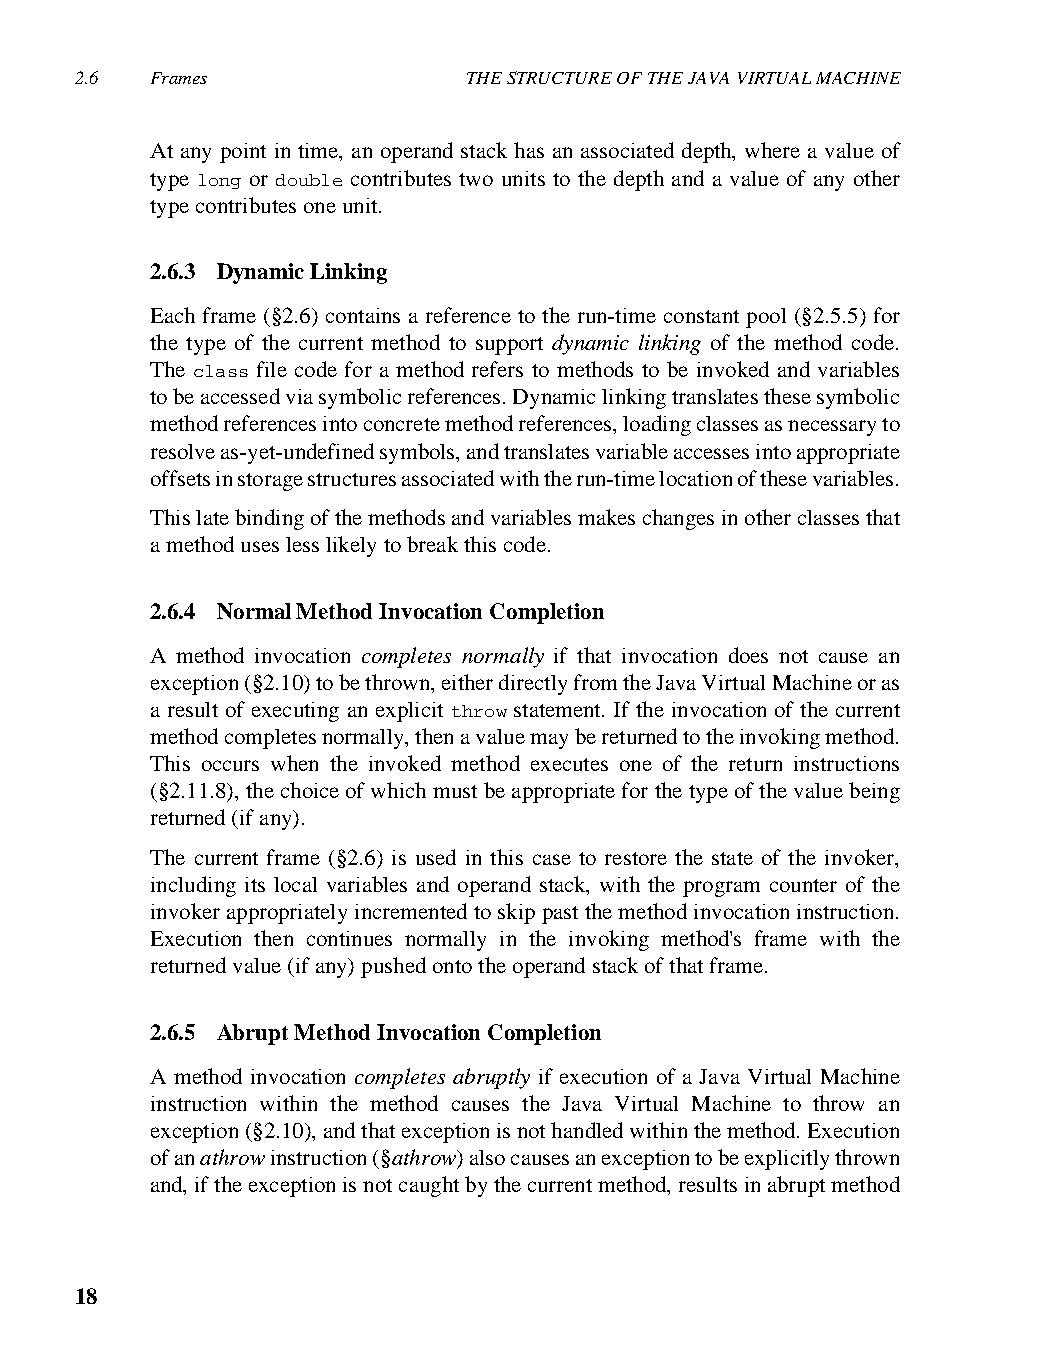
2.6  Frames               THE STRUCTURE OF THE JAVA VIRTUAL MACHINE
 At any point in time, an operand stack has an associated depth, where a value of
 type long or double contributes two units to the depth and a value of any other
 type contributes one unit.
 2.6.3 Dynamic Linking
 Each frame (§2.6) contains a reference to the run-time constant pool (§2.5.5) for
 the type of the current method to support dynamic linking of the method code.
 The class file code for a method refers to methods to be invoked and variables
 to be accessed via symbolic references. Dynamic linking translates these symbolic
 method references into concrete method references, loading classes as necessary to
 resolve as-yet-undefined symbols, and translates variable accesses into appropriate
 offsets in storage structures associated with the run-time location of these variables.
 This late binding of the methods and variables makes changes in other classes that
 a method uses less likely to break this code.
 2.6.4 Normal Method Invocation Completion
 A method invocation completes normally if that invocation does not cause an
 exception (§2.10) to be thrown, either directly from the Java Virtual Machine or as
 a result of executing an explicit throw statement. If the invocation of the current
 method completes normally, then a value may be returned to the invoking method.
 This occurs when the invoked method executes one of the return instructions
 (§2.11.8), the choice of which must be appropriate for the type of the value being
 returned (if any).
 The current frame (§2.6) is used in this case to restore the state of the invoker,
 including its local variables and operand stack, with the program counter of the
 invoker appropriately incremented to skip past the method invocation instruction.
 Execution then continues normally in the invoking method's frame with the
 returned value (if any) pushed onto the operand stack of that frame.
 2.6.5 Abrupt Method Invocation Completion
 A method invocation completes abruptly if execution of a Java Virtual Machine
 instruction within the method causes the Java Virtual Machine to throw an
 exception (§2.10), and that exception is not handled within the method. Execution
 of an athrow instruction (§athrow) also causes an exception to be explicitly thrown
 and, if the exception is not caught by the current method, results in abrupt method
 18